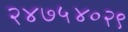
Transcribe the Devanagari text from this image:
२४७५४०२९